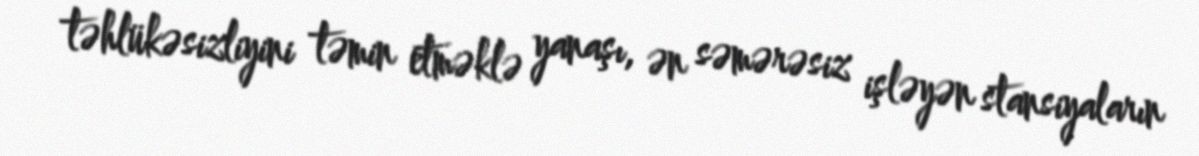
təhlükəsizliyini təmin etməklə yanaşı, ən səmərəsiz işləyən stansiyaların